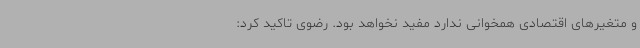
و متغیرهای اقتصادی همخوانی ندارد مفید نخواهد بود. رضوی تاکید کرد: